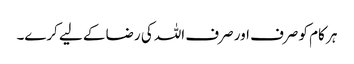
ہر کام کو صرف اور صرف اللہ کی رضا کے لیے کرے۔